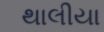
થાલીયા